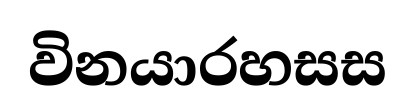
විනයාරහසස